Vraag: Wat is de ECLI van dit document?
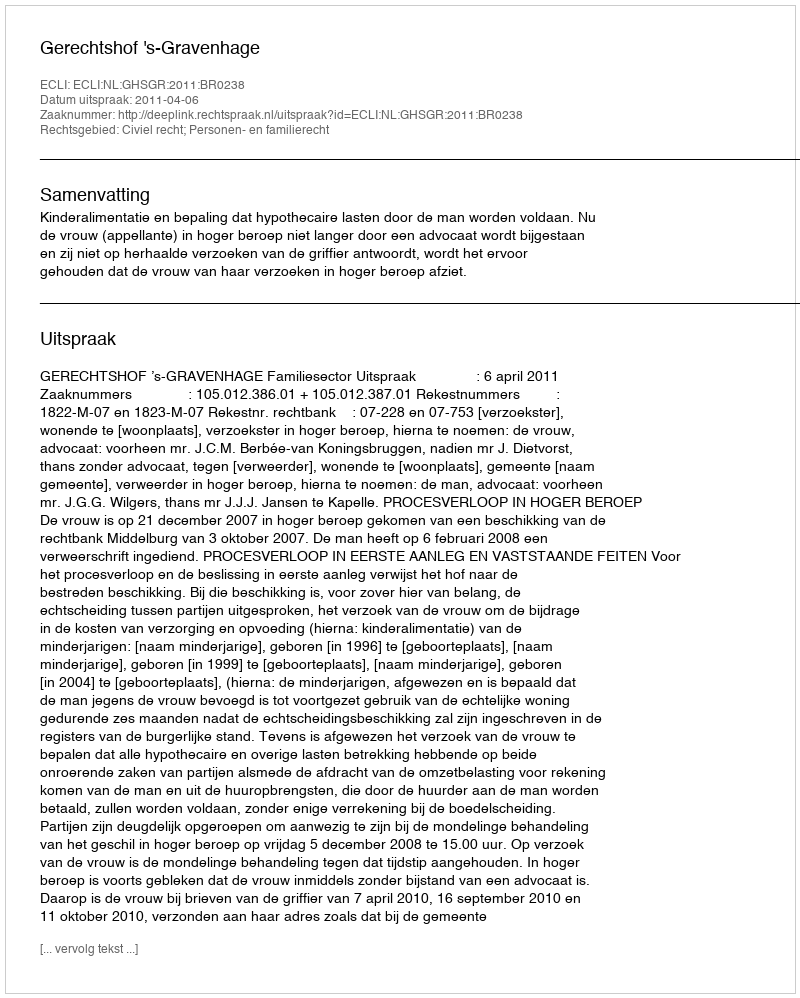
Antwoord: ECLI:NL:GHSGR:2011:BR0238